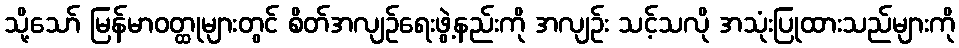
သို့သော် မြန်မာဝတ္ထုများတွင် စိတ်အလျဉ်ရေးဖွဲ့နည်းကို အလျဉ်း သင့်သလို အသုံးပြုထားသည်များကို